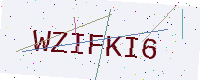
Text: WZIFKI6